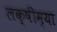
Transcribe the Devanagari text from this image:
लक्षीम्या